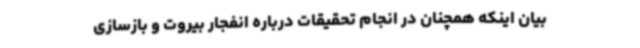
بیان اینکه همچنان در انجام تحقیقات درباره انفجار بیروت و بازسازی